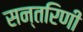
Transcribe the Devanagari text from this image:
सन्तरिणी